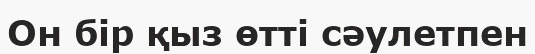
Он бір қыз өтті сәулетпен